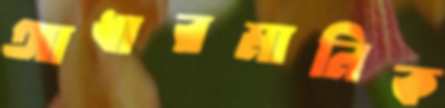
আধারমানিক